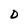
Character: D